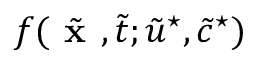
f ( \tilde { \textbf { x } } , \tilde { t } ; \tilde { u } ^ { \star } , \tilde { c } ^ { \star } )